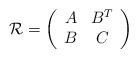
LaTeX: \begin{align*}\mathcal{R}=\left(\begin{array}{cc}A & B^T\\B & C\end{array}\right)\end{align*}